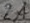
Text: 2A